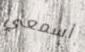
أسمعي